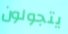
يتجولون